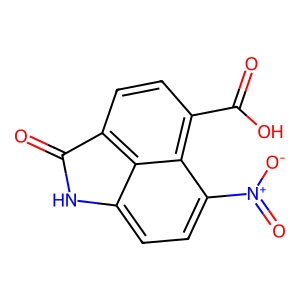
SMILES: O=C1Nc2ccc([N+](=O)[O-])c3c(C(=O)O)ccc1c23
Inhibits HIV replication: No